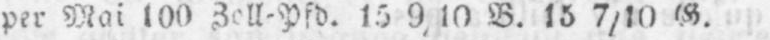
B. 15 7/10 G.